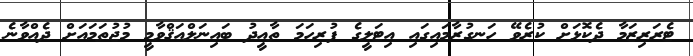
ޓެރަރިޒަމާ ދެކޮޅަށް ކުރެވޭ ހަނގުރާމައިގައި އިޓަލީގެ ފުރިހަމަ ތާއީދު ބައިނަލްއަޤްވާމީ މުޖުތަމައަށް ދެއްވާނެ